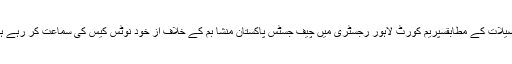
تفصیلات کے مطابقسپریم کورٹ لاہور رجسٹری میں چیف جسٹس پاکستان منشا بم کے خلاف از خود نوٹس کیس کی سماعت کر رہے ہیں۔